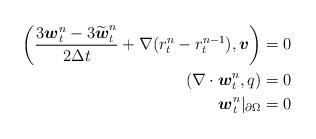
LaTeX: \begin{align*} \begin{aligned} \left(\frac{3 \boldsymbol{w}_t^n-3\widetilde{\boldsymbol{w}}_t^n}{2 \Delta t}+\nabla (r_t^{n}-r_t^{n-1}), \boldsymbol{v}\right)&=0\\(\nabla \cdot \boldsymbol{w}_t^n, q)&=0\\\boldsymbol{w}_t^n|_{\partial\Omega}&=0 \end{aligned}\end{align*}